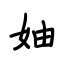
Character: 妯